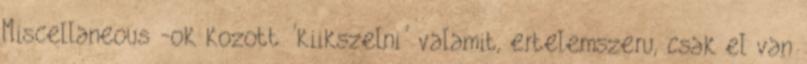
Miscellaneous -ok kozott 'kiikszelni' valamit, ertelemszeru, csak el van